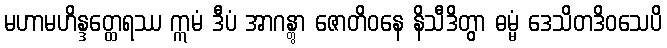
မဟာမဟိန္ဒတ္ထေရဿ ဣမံ ဒီပံ အာဂန္တွာ ဇောတိဝနေ နိသီဒိတွာ ဓမ္မံ ဒေသိတဒိဝသေပိ